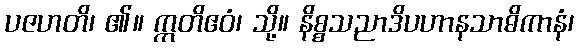
ပဇဟတိ၊ ၏။ ဣတိဧဝံ၊ သို့။ နိစ္စသညာဒိပဟာနသာဓိကာနံ၊